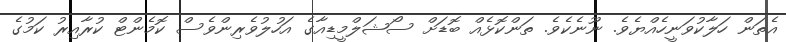
އެތަން ހަލާކުވަނީހެއްޔެވެ. ނޫނެކެވެ. ތަންކޮޅެއް ބޮޑަށް ސޯޝަލްމީޑިއާގެ އަހުލުވެރިންވެސް ކޮމެންޓް ކުރާއިރު ކަމުގެ